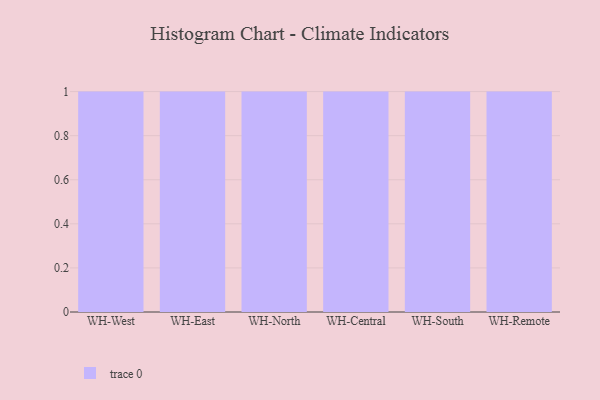
{"axis": {"x": "Warehouse", "y": "Website Visitors"}, "legend": [""], "data": [{"x": "WH-West", "y": 45, "type": ""}, {"x": "WH-East", "y": 62, "type": ""}, {"x": "WH-North", "y": 70, "type": ""}, {"x": "WH-Central", "y": 48, "type": ""}, {"x": "WH-South", "y": 49, "type": ""}, {"x": "WH-Remote", "y": 35, "type": ""}]}